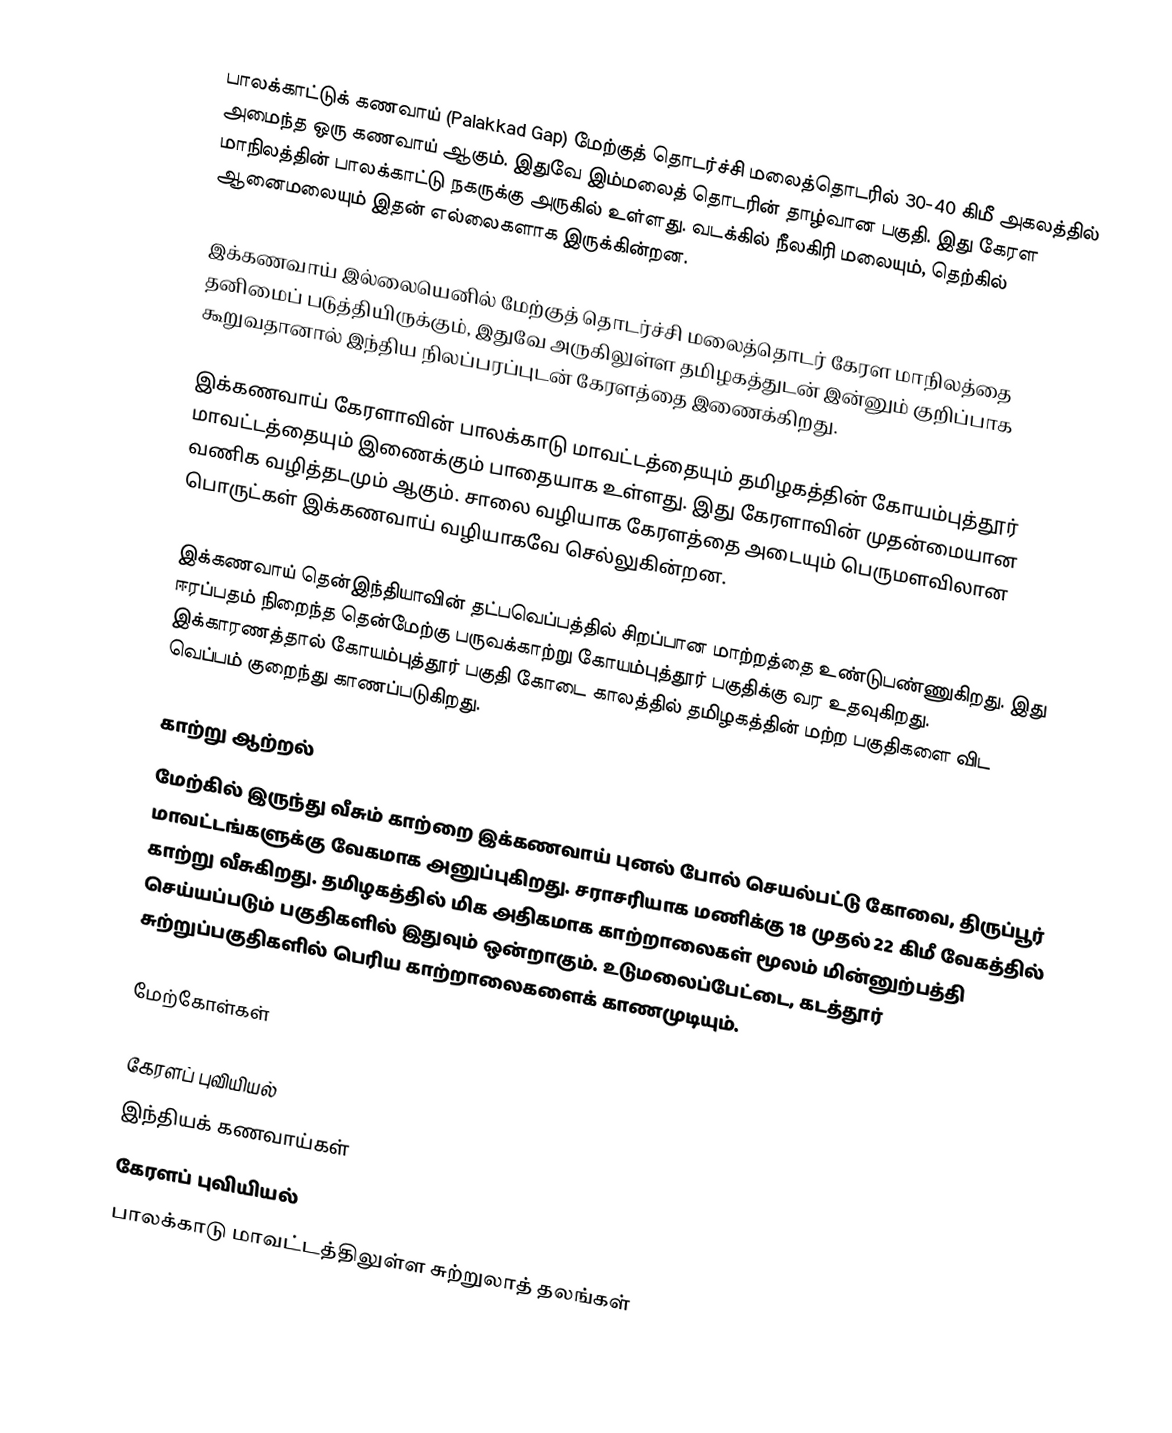
பாலக்காட்டுக் கணவாய் (Palakkad Gap) மேற்குத் தொடர்ச்சி மலைத்தொடரில் 30-40 கிமீ அகலத்தில் அமைந்த ஒரு கணவாய் ஆகும். இதுவே இம்மலைத் தொடரின் தாழ்வான பகுதி. இது கேரள மாநிலத்தின் பாலக்காட்டு நகருக்கு அருகில் உள்ளது. வடக்கில் நீலகிரி மலையும், தெற்கில் ஆனைமலையும் இதன் எல்லைகளாக இருக்கின்றன.

இக்கணவாய் இல்லையெனில் மேற்குத் தொடர்ச்சி மலைத்தொடர் கேரள மாநிலத்தை தனிமைப் படுத்தியிருக்கும், இதுவே அருகிலுள்ள தமிழகத்துடன் இன்னும் குறிப்பாக கூறுவதானால் இந்திய நிலப்பரப்புடன் கேரளத்தை இணைக்கிறது.

இக்கணவாய் கேரளாவின் பாலக்காடு மாவட்டத்தையும் தமிழகத்தின் கோயம்புத்தூர் மாவட்டத்தையும் இணைக்கும் பாதையாக உள்ளது. இது கேரளாவின் முதன்மையான வணிக வழித்தடமும் ஆகும். சாலை வழியாக கேரளத்தை அடையும் பெருமளவிலான பொருட்கள் இக்கணவாய் வழியாகவே செல்லுகின்றன.

இக்கணவாய் தென்இந்தியாவின் தட்பவெப்பத்தில் சிறப்பான மாற்றத்தை உண்டுபண்ணுகிறது. இது ஈரப்பதம் நிறைந்த தென்மேற்கு பருவக்காற்று கோயம்புத்தூர் பகுதிக்கு வர உதவுகிறது. இக்காரணத்தால் கோயம்புத்தூர் பகுதி கோடை காலத்தில் தமிழகத்தின் மற்ற பகுதிகளை விட வெப்பம் குறைந்து காணப்படுகிறது.

காற்று ஆற்றல்
மேற்கில் இருந்து வீசும் காற்றை இக்கணவாய் புனல் போல் செயல்பட்டு கோவை, திருப்பூர் மாவட்டங்களுக்கு வேகமாக அனுப்புகிறது. சராசரியாக மணிக்கு 18 முதல் 22 கிமீ வேகத்தில் காற்று வீசுகிறது. தமிழகத்தில் மிக அதிகமாக காற்றாலைகள் மூலம் மின்னுற்பத்தி செய்யப்படும் பகுதிகளில் இதுவும் ஒன்றாகும். உடுமலைப்பேட்டை, கடத்தூர் சுற்றுப்பகுதிகளில் பெரிய காற்றாலைகளைக் காணமுடியும்.

மேற்கோள்கள்

கேரளப் புவியியல்
இந்தியக் கணவாய்கள்
கேரளப் புவியியல்
பாலக்காடு மாவட்டத்திலுள்ள சுற்றுலாத் தலங்கள்